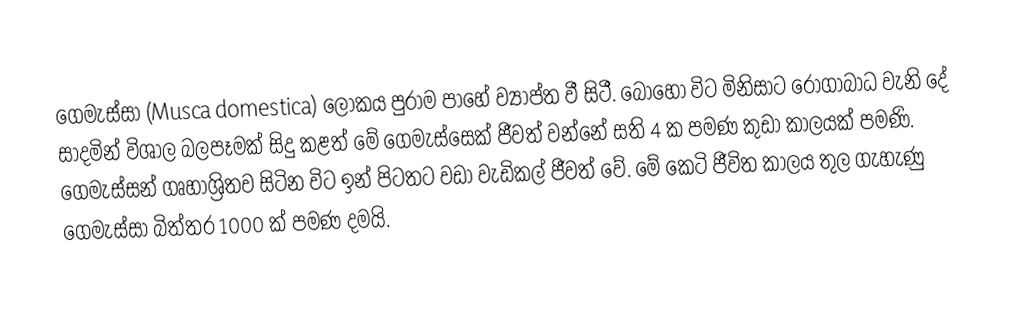
ගෙමැස්සා (Musca domestica) ලෝකය පුරාම පාහේ ව්‍යාප්ත වී සිටී. බොහෝ විට මිනිසාට රෝගාබාධ වැනි දේ සාදමින් විශාල බලපෑමක් සිදු කළත් මේ ගෙමැස්සෙක් ජීවත් වන්නේ සති 4 ක පමණ කුඩා කාලයක් පමණි. ගෙමැස්සන් ගෘහාශ්‍රිතව සිටින විට ඉන් පිටතට වඩා වැඩිකල් ජීවත් වේ. මේ කෙටි ජීවිත කාලය තුල ගැහැණු ගෙමැස්සා බිත්තර 1000 ක් පමණ දමයි.